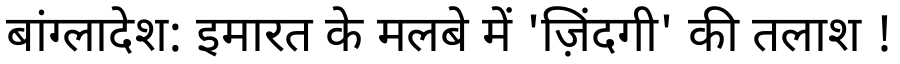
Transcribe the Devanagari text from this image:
बांग्लादेश: इमारत के मलबे में 'ज़िंदगी' की तलाश !